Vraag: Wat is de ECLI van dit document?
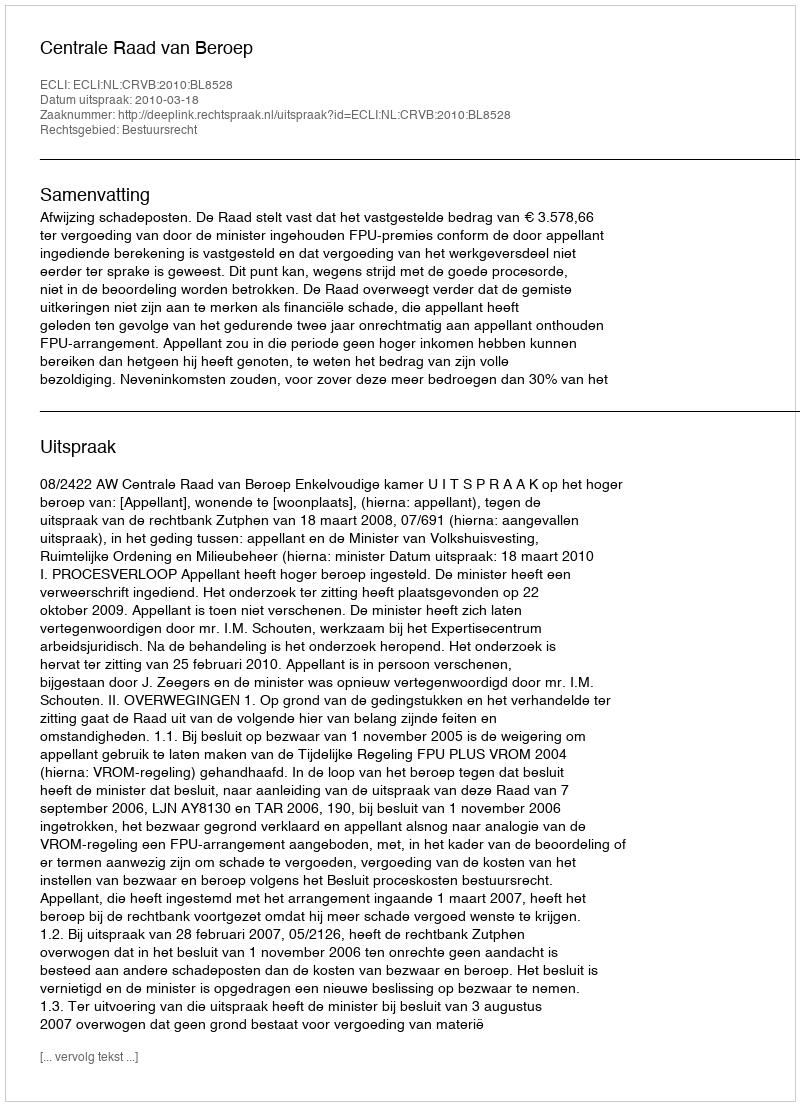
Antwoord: ECLI:NL:CRVB:2010:BL8528